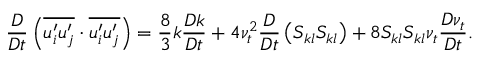
\frac { D } { D t } \left( \overline { { u _ { i } ^ { \prime } u _ { j } ^ { \prime } } } \cdot \overline { { u _ { i } ^ { \prime } u _ { j } ^ { \prime } } } \right) = \frac { 8 } { 3 } k \frac { D k } { D t } + 4 \nu _ { t } ^ { 2 } \frac { D } { D t } \left( S _ { k l } S _ { k l } \right) + 8 S _ { k l } S _ { k l } \nu _ { t } \frac { D \nu _ { t } } { D t } .